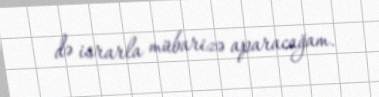
də israrla mübarizə aparacağam.